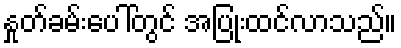
နှုတ်ခမ်းပေါ်တွင် အပြုံးထင်လာသည်။